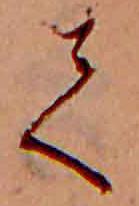
て